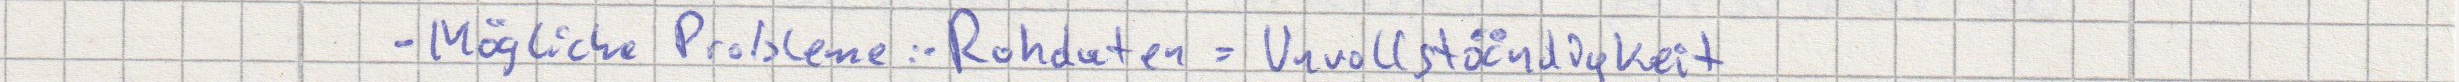
- Mögliche Probleme: Rohdaten = Unvollständigkeit